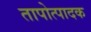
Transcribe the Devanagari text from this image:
तापोत्पादक